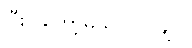
ပြီးပါတော့မယ် ဗိုလ်ချုပ်